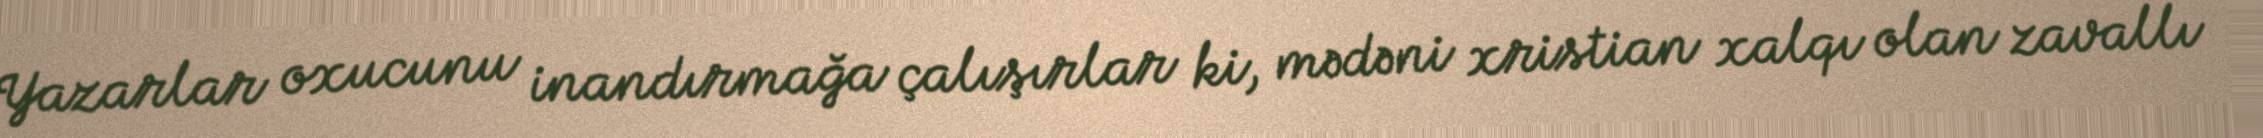
Yazarlar oxucunu inandırmağa çalışırlar ki, mədəni xristian xalqı olan zavallı